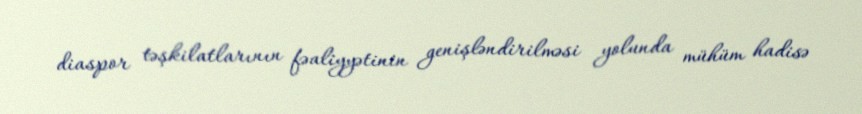
diaspor təşkilatlarının fəaliyyətinin genişləndirilməsi yolunda mühüm hadisə